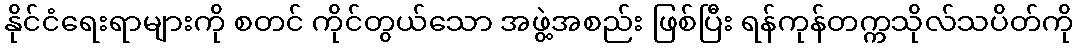
နိုင်ငံရေးရာများကို စတင် ကိုင်တွယ်သော အဖွဲ့အစည်း ဖြစ်ပြီး ရန်ကုန်တက္ကသိုလ်သပိတ်ကို